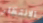
الانتظار